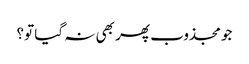
جو مجذوب پھر بھی نہ گیا تو؟